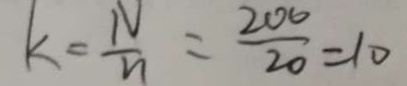
k = \frac { N } { n } = \frac { 2 0 0 } { 2 0 } = 1 0